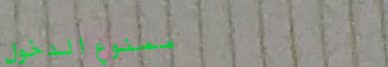
ممنوع الدخول